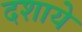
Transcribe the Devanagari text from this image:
दशाये